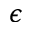
\epsilon